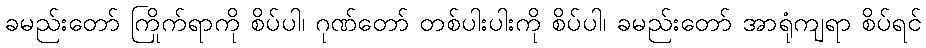
ခမည်းတော် ကြိုက်ရာကို စိပ်ပါ၊ ဂုဏ်တော် တစ်ပါးပါးကို စိပ်ပါ၊ ခမည်းတော် အာရုံကျရာ စိပ်ရင်